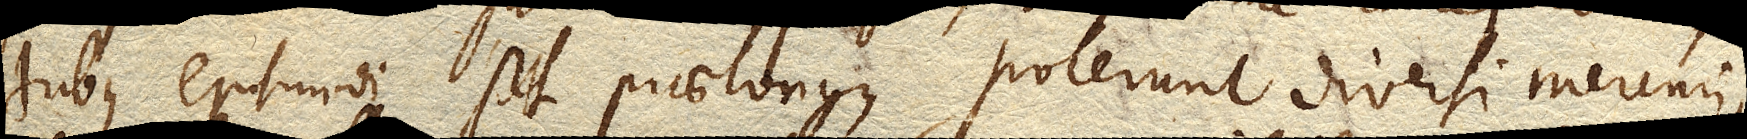
tubus ejusmodi potest praelongus, poterunt diversi Mercurii